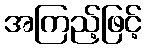
အကြည့်ဖြင့်